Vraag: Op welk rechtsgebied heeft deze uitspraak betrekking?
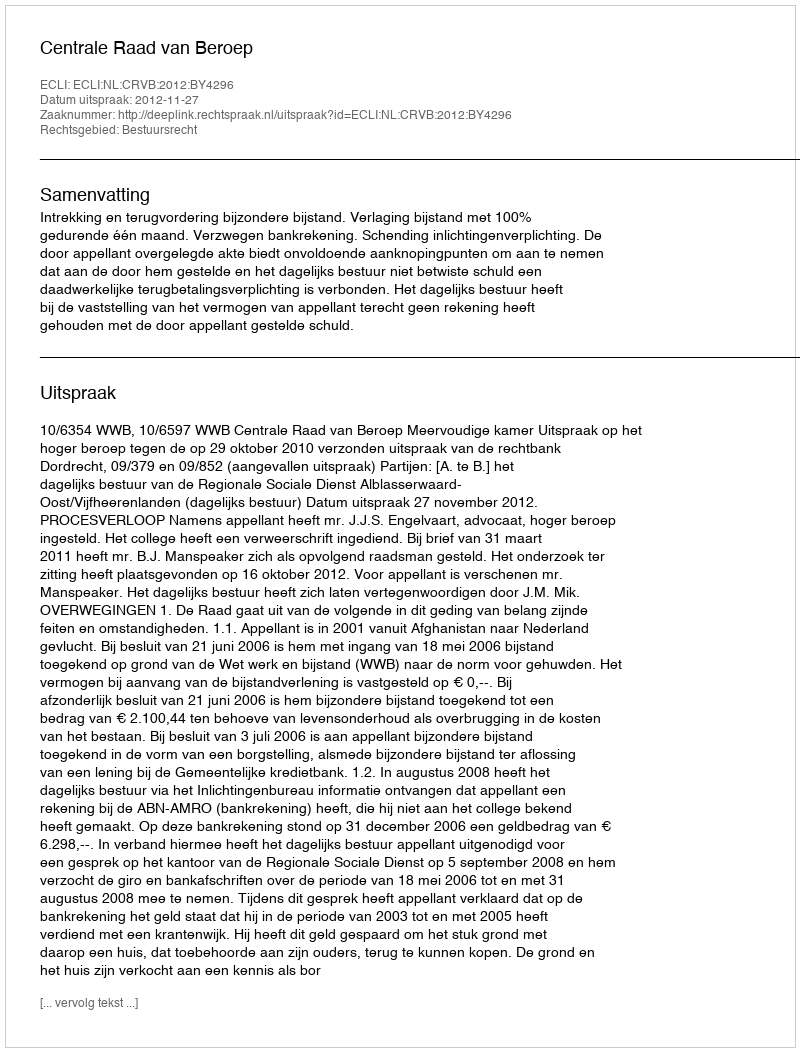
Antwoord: Bestuursrecht